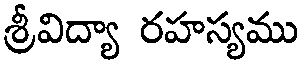
శ్రీవిద్యా రహస్యము